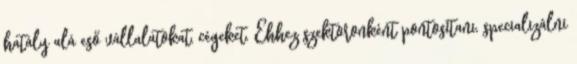
hatály alá eső vállalatokat, cégeket. Ehhez szektoronként pontosítani, specializálni